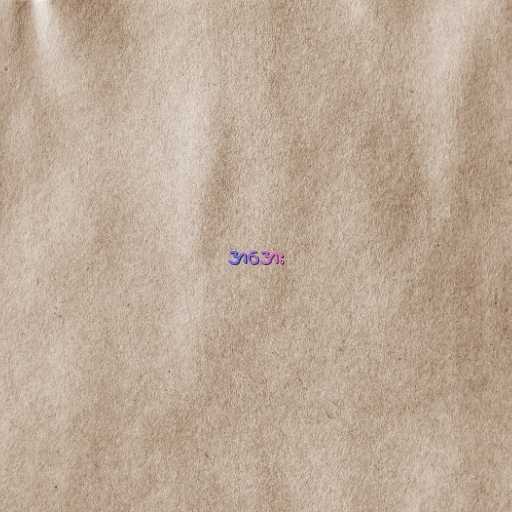
အအေး